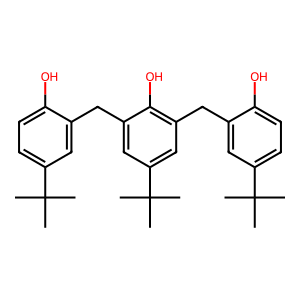
SMILES: CC(C)(C)c1ccc(O)c(Cc2cc(C(C)(C)C)cc(Cc3cc(C(C)(C)C)ccc3O)c2O)c1
Inhibits HIV replication: No